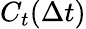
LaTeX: C_{t}(\Delta t)